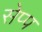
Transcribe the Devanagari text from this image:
सेप्प